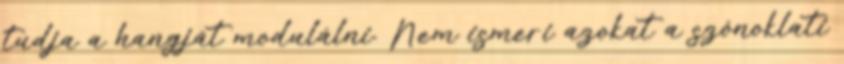
tudja a hangját modulálni. Nem ismeri azokat a szónoklati